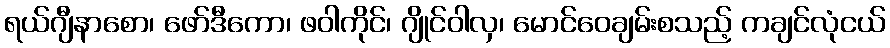
ရယ်ဂျီနာစော၊ ဖော်ဒီကော၊ ဖဝါကိုင်၊ ဂျိုင်ဝါလှ၊ မောင်ဝေချမ်းစသည့် ကချင်လုံငယ်